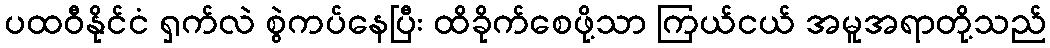
ပထဝီနိုင်ငံ ရှက်လဲ စွဲကပ်နေပြီး ထိခိုက်စေဖို့သာ ကြယ်ငယ် အမူအရာတို့သည်